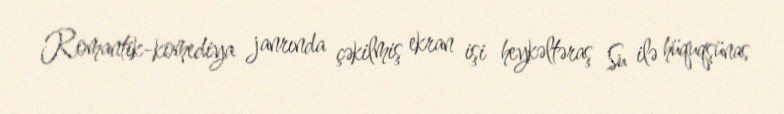
Romantik-komediya janrında çəkilmiş ekran işi heykəltəraş Su ilə hüquqşünas